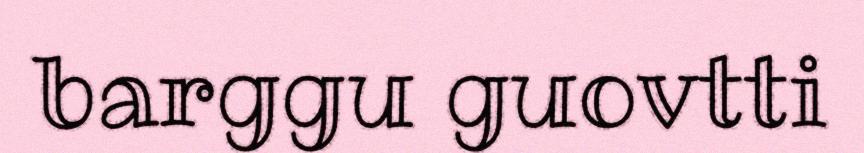
barggu guovtti